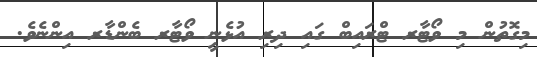
މިގޮތުން މި ވޯޓާރ ޓްރައިބް ގައި ދިރި އުޅެނީ ވޯޓާރ ބެންޑާރ އިންނެވެ.